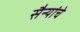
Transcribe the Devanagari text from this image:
सैन्यांचे